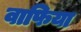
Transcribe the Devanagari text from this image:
वाफिया